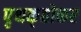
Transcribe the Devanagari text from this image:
पृथक्‌होकर